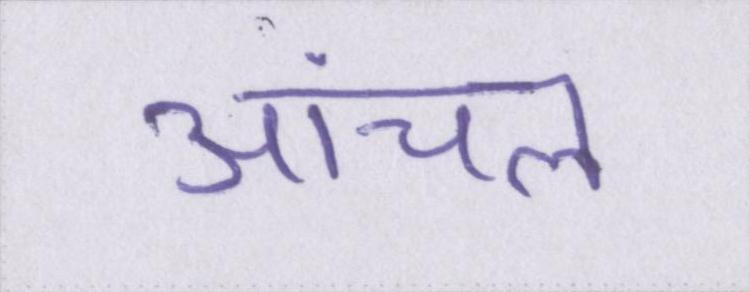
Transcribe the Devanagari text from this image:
आंचल